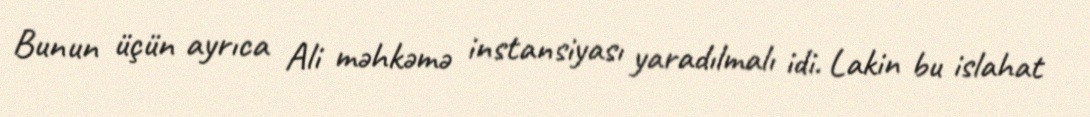
Bunun üçün ayrıca Ali məhkəmə instansiyası yaradılmalı idi. Lakin bu islahat